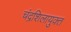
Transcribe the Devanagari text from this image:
चंद्रशिलायुक्त